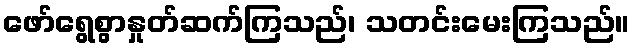
ဖော်ရွေစွာနှုတ်ဆက်ကြသည်၊ သတင်းမေးကြသည်။